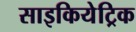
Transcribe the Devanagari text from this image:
साइकियेट्रिक